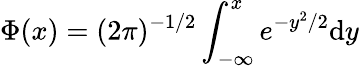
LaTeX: \Phi(x)=(2\pi)^{-1/2}\int_{-\infty}^{x}e^{-y^{2}/2}\mathrm{d}y